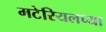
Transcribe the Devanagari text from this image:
मटेरियलच्या